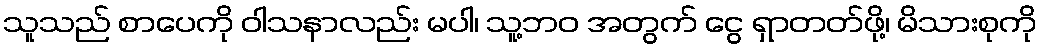
သူသည် စာပေကို ဝါသနာလည်း မပါ၊ သူ့ဘဝ အတွက် ငွေ ရှာတတ်ဖို့၊ မိသားစုကို